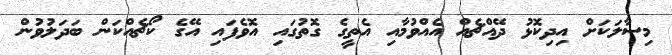
މިސާލަކަށް އިދިކޮޅު ދޭއްޗެއް އެއްވުމާއި އެތީގެ ގޮތުގައި އޮވެފައި އޭގެ ކޯޗެއްކަން ބަދަލުވުން